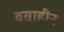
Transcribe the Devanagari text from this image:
वसाहीन